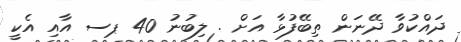
ދައްކުވާ ދޭނަން ތިބޭފުޅާ އަށް . ލިބުނު 40 ޕސ އާއި އެކީ